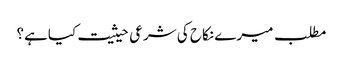
مطلب میرے نکاح کی شرعی حیثیت کیاہے؟